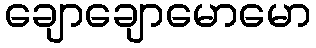
ချောချောမောမော